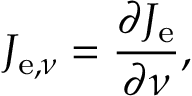
J _ { \mathrm { e } , \nu } = { \frac { \partial J _ { \mathrm { e } } } { \partial \nu } } ,